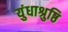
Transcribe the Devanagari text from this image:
युंधाश्रुष्ठि